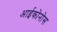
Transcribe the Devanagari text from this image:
आईकोनोस